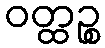
ဝတ္ထဉ္စ